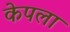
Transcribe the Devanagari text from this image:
केपला